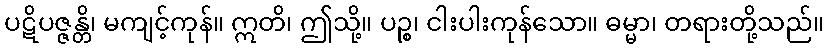
ပဋိပဇ္ဇန္တိ၊ မကျင့်ကုန်။ ဣတိ၊ ဤသို့။ ပဉ္စ၊ ငါးပါးကုန်သော။ ဓမ္မာ၊ တရားတို့သည်။